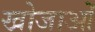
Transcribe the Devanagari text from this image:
खोजाओं